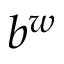
b ^ { w }